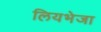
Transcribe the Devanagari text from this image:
लियभेजा